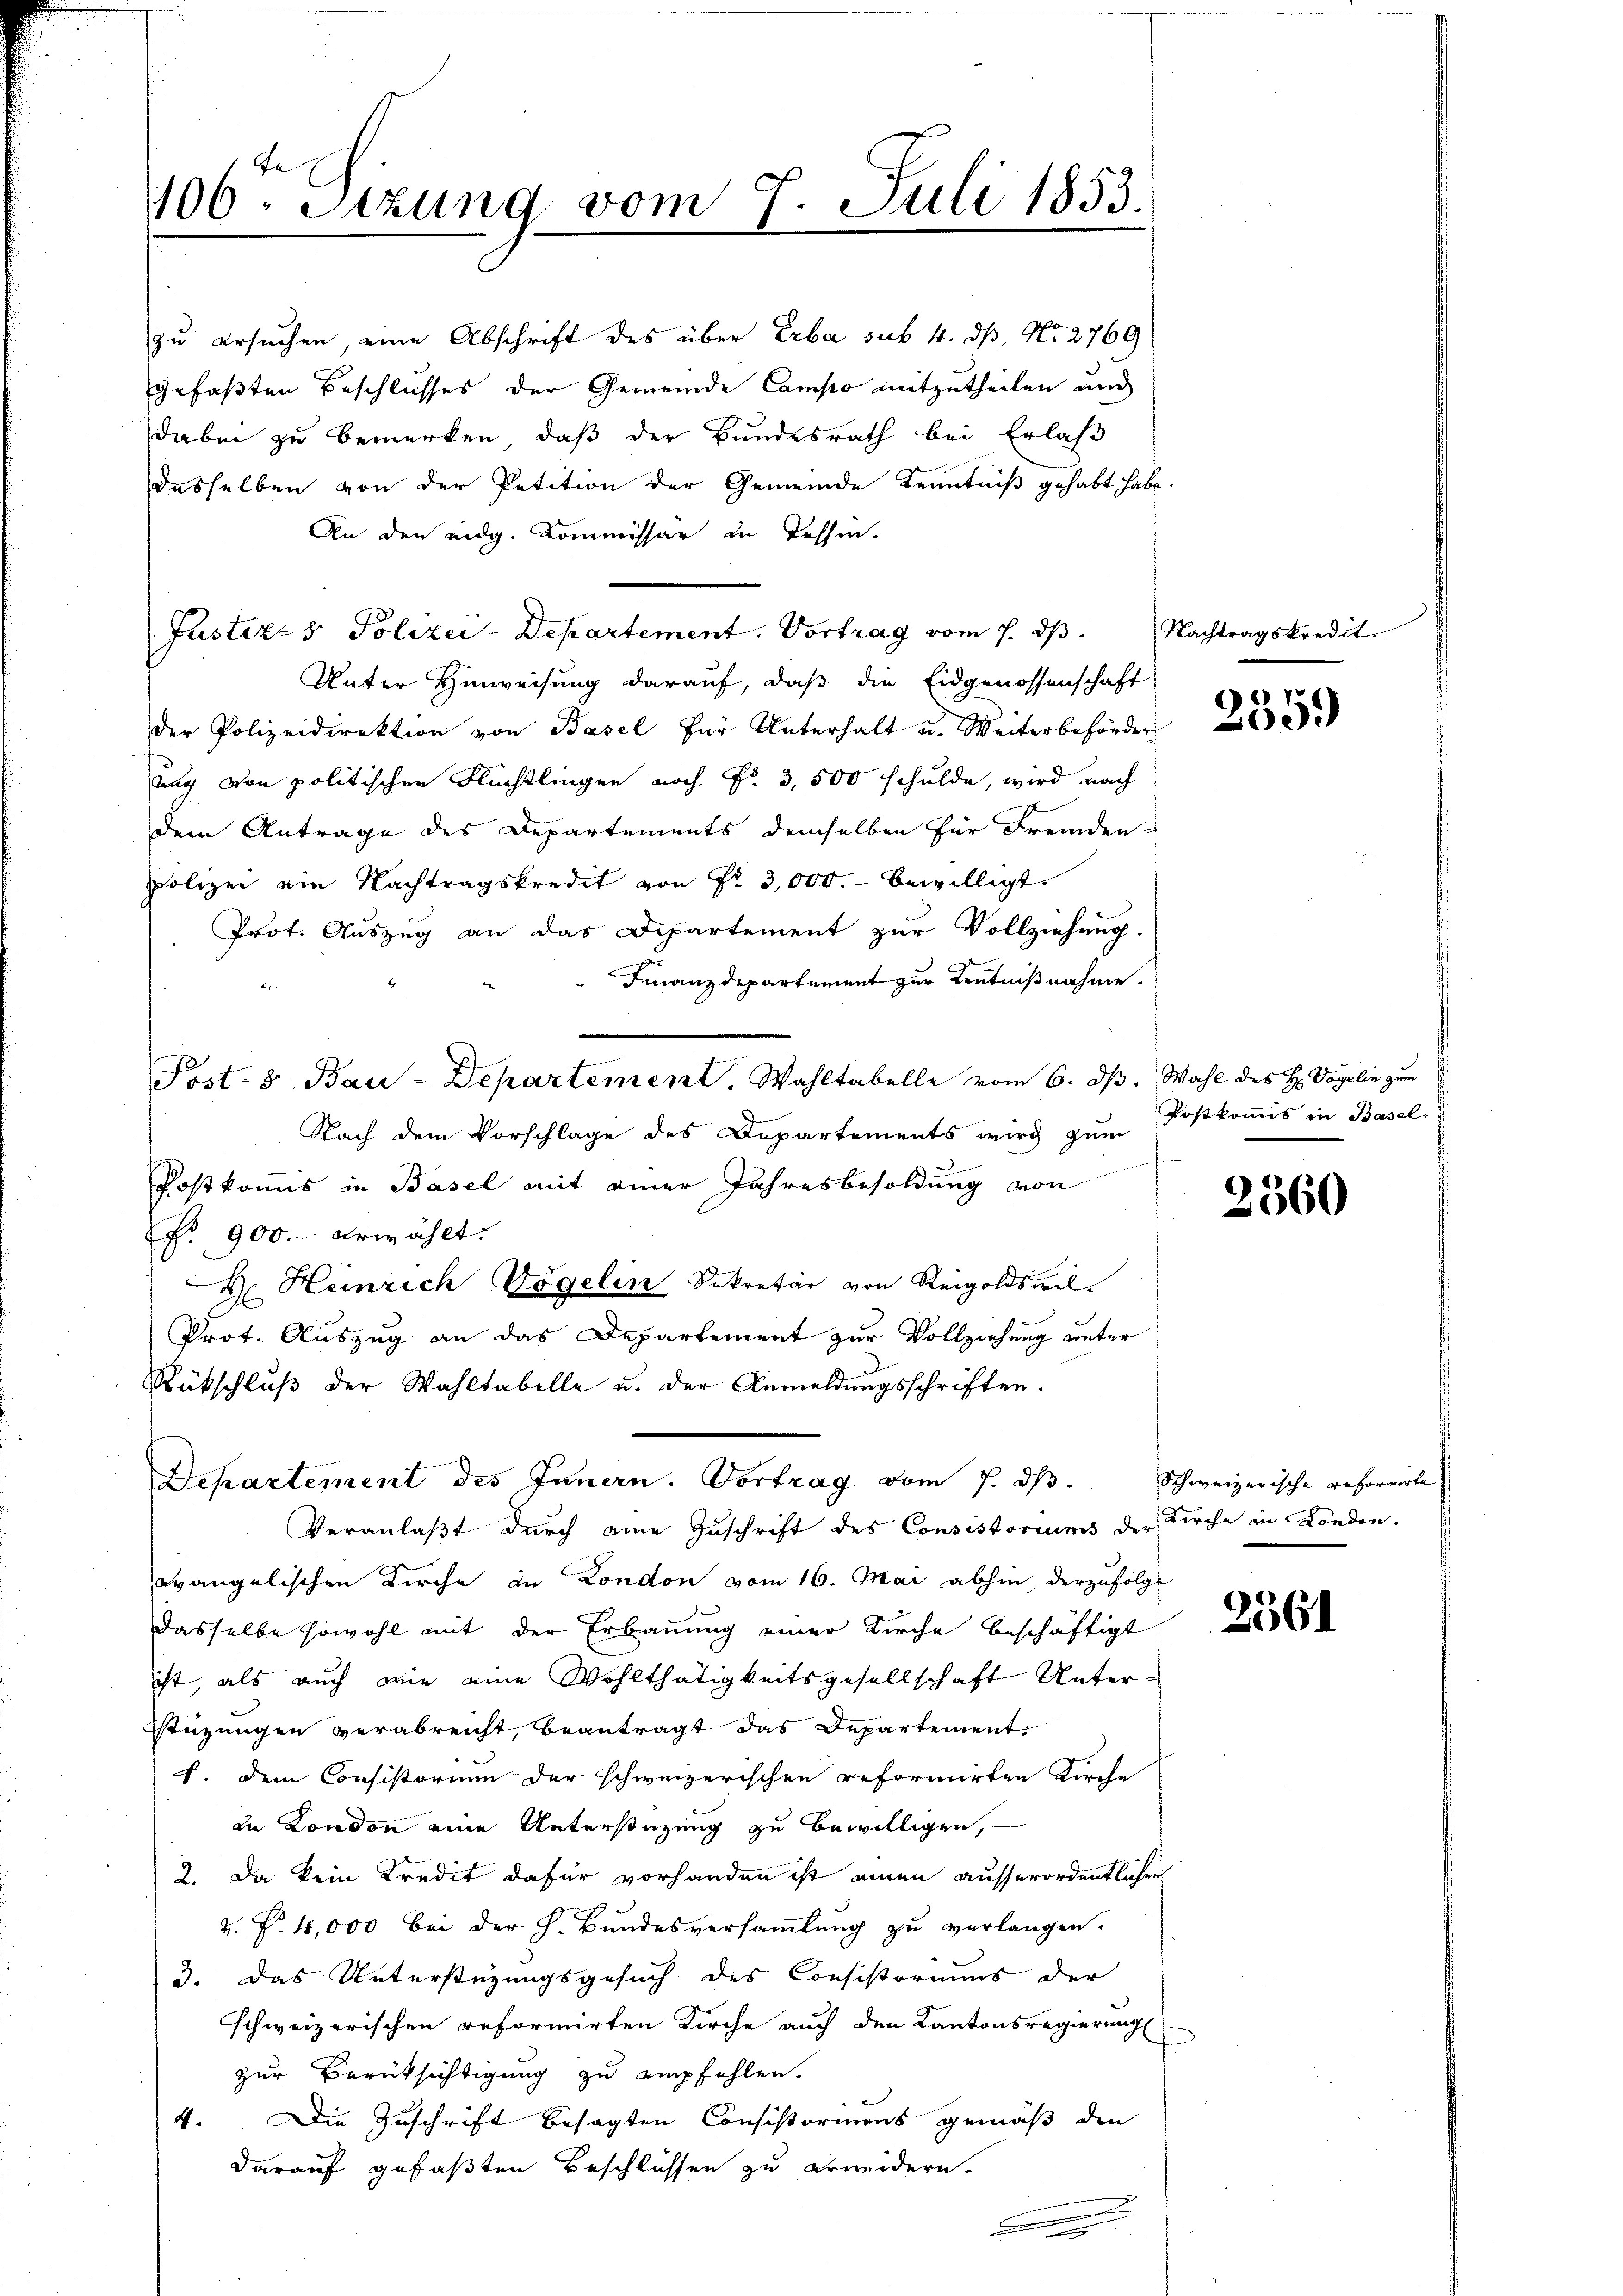
zu ersuchen, eine Abschrift des über Erba sub 4. dß, Nr. 2769
gefaßten Beschlusses der Gemeinde Compo mitzutheilen und
dabei zu bemerken, daß der Bundesrath bei Erlaß
desselben von der Petition der Gemeinde Kenntniß gehabt habe.
An den eidg. Kommissär in Tessin.
Justiz- & Polizei-Departement. Vortrag vom 7. ds.
Unter Hinweisung darauf, daß die Eidgenossenschaft
der Polizeidirektion von Basel für Unterhalt u. Weiterbeförder
ung von politischen Flüchtlingen noch Fr. 3,500 schulde, wird nach
dem Antrage des Departements demselben für Fremden
Polizei ein Nachtragskredit von Fr. 3,000.- bewilligt.
Prot. Auszug an das Departement zur Vollziehung.
Finanzdepartement zur Kenntnißnahme.
Nach dem Vorschlage des Departements wird zum
Postkommis in Basel mit einer Jahresbesoldung von
No. 900.- erwählt.
F. Heinrich Vögelin Sekretär von Reigoldswil-
Prot. Auszug an das Departement zur Vollziehung unter
Rückschluß der Wahltabelle u. der Anmeldungsschriften.
Departement des Innern. Vortrag vom 7. dβ. Schweizerische reformirte
Veranlaßt durch eine Zuschrift des Consistoriums der Kirche in Londen-
evangelischen Kirche in London vom 16. Mai abhin derzufolgt
dasselbe sowohl mit der Erbauung einer Kirche beschäftigt
ist, als auch wie eine Wohlthätigkeitsgesellschaft Unterstüzungen verabreicht, beantragt das Departement.
1. Dem Consistorium der schweizerischen reformirten Kirche
in London eine Unterstüzung zu bewilligen,
2. Da kein Kredit dafür vorhanden ist einen ausserordentlichen
2. P. 4,000 bei der h. Bundesversammlung zu verlangen.
3. Das Unterstüzungsgesuch des Consistoriums der
schweizerischen reformirten Kirche auch den Kantonsregierung
zur Berüksichtigung zu empfehlen.
4. Die Zuschrift besagten Consistoriums gemäß den
darauf gefaßten Beschlüssen zu erwidern.
.

106. Sitzung vom 7. Juli 1853.

Post- 8 Bau-Departement. Wahltabelle vom 6. ds. Wahl des H. Vogelin zum

Nachtragskredit.

2359

Postkomis in Basel

2360

2361